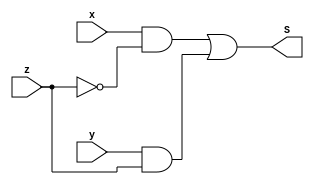
module mult(x,y,z,S);
input x,y,z;
output S;
wire c0,c1,c2;
not n1(c0,z);
and n2(c1,x,c0);
and n3(c2,y,z);
or  n4(S,c1,c2);

endmodule